Report on lock hospitals in British Burma
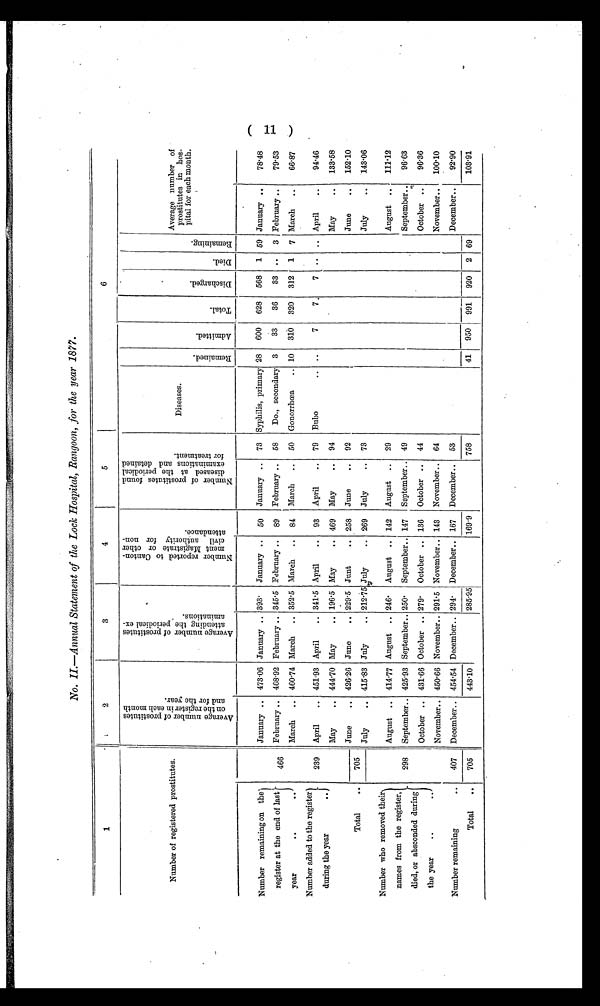
No. II.—Annual Statement of the Lock Hospital, Rangoon, for the year 1877.
1
2
3
4
5
6
Number of registered prostitutes.
A v e r a g e n u m b e r o f p r o s t i t u t e s
o n t h e r e g i s t e r i n e a c h m o n t h
a n d f o r t h e y e a r .
A v e r a g e n u m b e r o f p r o s t i t u t e s
a t t e n d i n g t h e p e r i o d i c a l e x -a
m i n a t i o n s .
N u m b e r r e p o r t e d t o C a n t o n -
m e n t M a g i s t r a t e o r t h e o t h e rc
i v i l a u t h o r i t y f o r n o n -
a t t e n d a n c e .
N u m b e r o f p r o s t i t u t e s f o u n d
d i s e a s e d a t t h e p e r i o d i c a le
x a m i n a t i o n s a n d d e t a i n e df
o r t r e a t m e n t .
Diseases.
R e m a i n e d .
A d m i t t e d .
T o t a l .
D i s c h a r g e d .
D i e d .
R e m a i n i n g .
Average number of
prostitutes in hos-
pital for each month.
Number remaining on the
register at the end of last
year
..
. .
January .. 473.06 January .. 393. January .. 50 January .. 73 Syphilis, primary 28 600 628 568 1 59 January .. 78.48
466 February .. 468.92 February .. 345.5 February .. 89 February .. 58 Do., secondary 3 33 36 33 .. 3 February .. 79.53
March .. 460.74 March .. 352.5 March .. 84 March .. 50 Gonorrhœa . . 10 310 320 312 1 7 March .. 66.87
Number added to the register
during the year
. .
239 April .. 451.93 April .. 341.5 April .. 93 April .. 79 Bubo
. . . . 7 7. 7 . . .. April .. 94.46
May .. 444.70 May .. 196.5 May .. 469 May .. 94
May .. 133.58
June .. 152.10
Total .. 705
June .. 426.26 June .. 229.5 Junt ..
258 June .. 92
July .. 415.83 July .. 212.75 July .. 269 July .. 73
July .. 143.06
Number whor e m o v e d t h e i r
names from the register,
died, or absconded during
the year ..
August .. 414.77 August .. 246. August .. 142 August .. 29
August .. 111.12
298 September.. 425.93 September.. 250. September.. 147 September.. 49
September.. . : 96.63
October .. 96.36
October .. 431.66 October .. 279. October .. 136 October .. 44
November.. 100.10
November.. 450.66 November.. 291.5 November.. 143 November.. 64
Number remaining
.. 407 December.. 454.54 December.. 294. December.. 167 December.. 53
December.. 92.90
41 950 991 920 2 69
103.91
Total .. 705
443.10
285.95
169.9
758